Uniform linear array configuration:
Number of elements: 64
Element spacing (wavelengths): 0.25
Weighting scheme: blackman
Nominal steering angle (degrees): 60
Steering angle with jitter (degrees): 59.582
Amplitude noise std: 0.05
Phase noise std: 0.05

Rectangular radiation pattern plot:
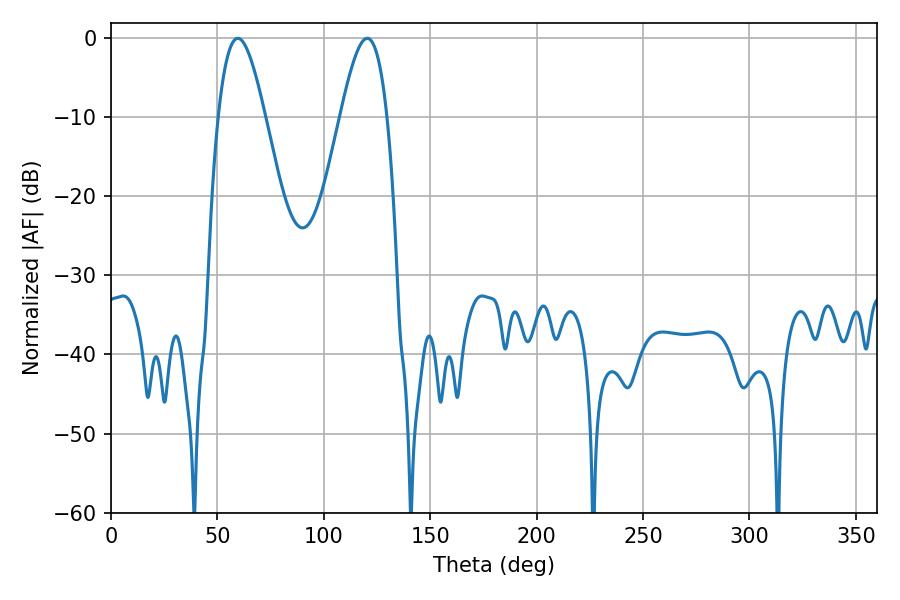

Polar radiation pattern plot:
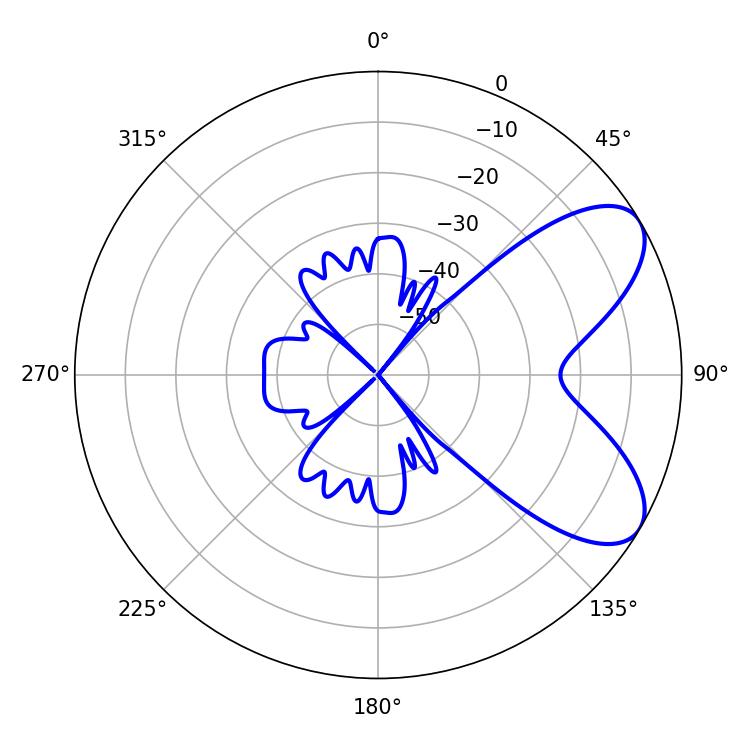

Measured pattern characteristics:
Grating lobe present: FALSE
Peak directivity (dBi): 7.049
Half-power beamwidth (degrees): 11.88
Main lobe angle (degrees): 59.58